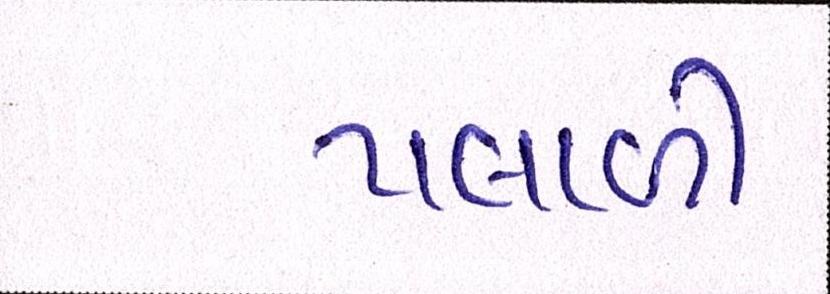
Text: પલાળી